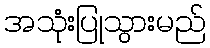
အသုံးပြုသွားမည်